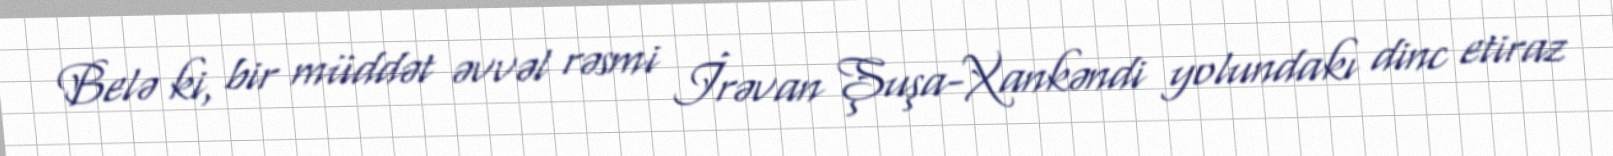
Belə ki, bir müddət əvvəl rəsmi İrəvan Şuşa-Xankəndi yolundakı dinc etiraz